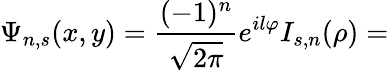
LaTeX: \Psi_{n,s}(x,y)=\frac{(-1)^{n}}{\sqrt{2\pi}}e^{il\varphi}I_{s,n}(\rho)=